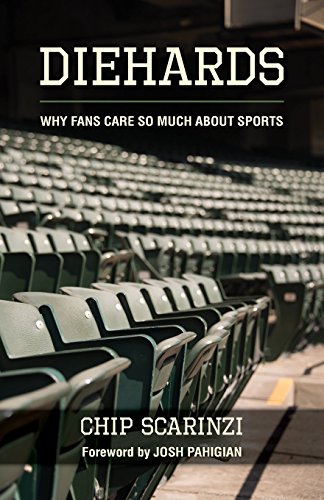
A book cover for Diehards: Why Fans Care So Much About Sports; Chip Scarinzi; Sports & Outdoors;